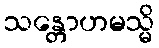
သန္တောဟမသ္မိ